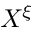
X ^ { \xi }